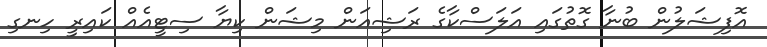
އޮފިޝަލުން ބުނާ ގޮތުގައި އަލަސްކާގެ ރަޝިއަން މިޝަން ކިޔާ ސިޓީއެއް ކައިރީ ހިނގި